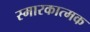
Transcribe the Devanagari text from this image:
स्मारकात्मक